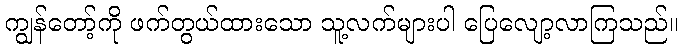
ကျွန်တော့်ကို ဖက်တွယ်ထားသော သူ့လက်များပါ ပြေလျော့လာကြသည်။